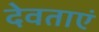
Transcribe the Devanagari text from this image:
देवताएं